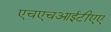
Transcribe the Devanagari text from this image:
एचएचआईटीएए